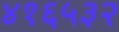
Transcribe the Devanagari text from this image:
४१६५३२